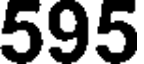
595